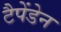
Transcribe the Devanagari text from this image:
टैपेंडेन